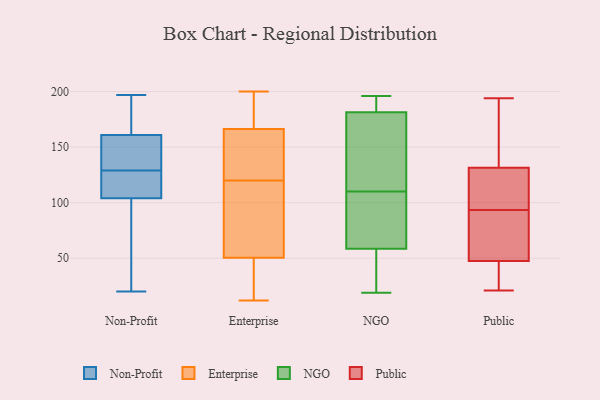
{"axis": {"x": "Satisfaction Score", "y": "Value"}, "legend": ["Enterprise", "NGO", "Non-Profit", "Public"], "data": [{"x": "", "y": 195, "type": "Non-Profit"}, {"x": "", "y": 152, "type": "Non-Profit"}, {"x": "", "y": 133, "type": "Non-Profit"}, {"x": "", "y": 178, "type": "Non-Profit"}, {"x": "", "y": 128, "type": "Non-Profit"}, {"x": "", "y": 161, "type": "Non-Profit"}, {"x": "", "y": 76, "type": "Non-Profit"}, {"x": "", "y": 51, "type": "Non-Profit"}, {"x": "", "y": 104, "type": "Non-Profit"}, {"x": "", "y": 197, "type": "Non-Profit"}, {"x": "", "y": 130, "type": "Non-Profit"}, {"x": "", "y": 20, "type": "Non-Profit"}, {"x": "", "y": 110, "type": "Non-Profit"}, {"x": "", "y": 104, "type": "Non-Profit"}, {"x": "", "y": 199, "type": "Enterprise"}, {"x": "", "y": 86, "type": "Enterprise"}, {"x": "", "y": 23, "type": "Enterprise"}, {"x": "", "y": 35, "type": "Enterprise"}, {"x": "", "y": 183, "type": "Enterprise"}, {"x": "", "y": 158, "type": "Enterprise"}, {"x": "", "y": 105, "type": "Enterprise"}, {"x": "", "y": 79, "type": "Enterprise"}, {"x": "", "y": 153, "type": "Enterprise"}, {"x": "", "y": 86, "type": "Enterprise"}, {"x": "", "y": 19, "type": "Enterprise"}, {"x": "", "y": 12, "type": "Enterprise"}, {"x": "", "y": 120, "type": "Enterprise"}, {"x": "", "y": 145, "type": "Enterprise"}, {"x": "", "y": 169, "type": "Enterprise"}, {"x": "", "y": 41, "type": "Enterprise"}, {"x": "", "y": 200, "type": "Enterprise"}, {"x": "", "y": 127, "type": "Enterprise"}, {"x": "", "y": 177, "type": "Enterprise"}, {"x": "", "y": 181, "type": "NGO"}, {"x": "", "y": 28, "type": "NGO"}, {"x": "", "y": 63, "type": "NGO"}, {"x": "", "y": 187, "type": "NGO"}, {"x": "", "y": 196, "type": "NGO"}, {"x": "", "y": 165, "type": "NGO"}, {"x": "", "y": 19, "type": "NGO"}, {"x": "", "y": 183, "type": "NGO"}, {"x": "", "y": 71, "type": "NGO"}, {"x": "", "y": 110, "type": "NGO"}, {"x": "", "y": 45, "type": "NGO"}, {"x": "", "y": 143, "type": "NGO"}, {"x": "", "y": 85, "type": "NGO"}, {"x": "", "y": 96, "type": "Public"}, {"x": "", "y": 55, "type": "Public"}, {"x": "", "y": 107, "type": "Public"}, {"x": "", "y": 40, "type": "Public"}, {"x": "", "y": 192, "type": "Public"}, {"x": "", "y": 21, "type": "Public"}, {"x": "", "y": 22, "type": "Public"}, {"x": "", "y": 130, "type": "Public"}, {"x": "", "y": 133, "type": "Public"}, {"x": "", "y": 97, "type": "Public"}, {"x": "", "y": 91, "type": "Public"}, {"x": "", "y": 78, "type": "Public"}, {"x": "", "y": 57, "type": "Public"}, {"x": "", "y": 168, "type": "Public"}, {"x": "", "y": 125, "type": "Public"}, {"x": "", "y": 30, "type": "Public"}, {"x": "", "y": 194, "type": "Public"}, {"x": "", "y": 30, "type": "Public"}, {"x": "", "y": 165, "type": "Public"}, {"x": "", "y": 84, "type": "Public"}]}